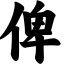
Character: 俾